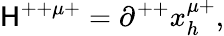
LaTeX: \mathsf{H}^{++\mu+}=\partial^{++}x_{h}^{\mu+},